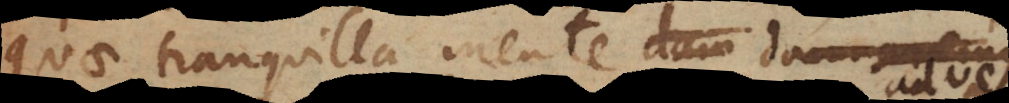
quae tranquilla mente damnaremus